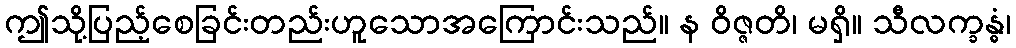
ဤသို့ပြည့်စေခြင်းတည်းဟူသောအကြောင်းသည်။ န ဝိဇ္ဇတိ၊ မရှိ။ သီလက္ခန္ဓံ၊